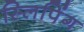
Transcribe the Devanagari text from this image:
स्लिपिंग